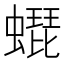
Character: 𧑜